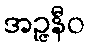
အဉ္ဇနီဝ